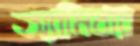
অ্যামিবার